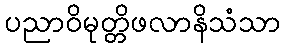
ပညာဝိမုတ္တိဖလာနိသံသာ